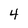
Character: 4